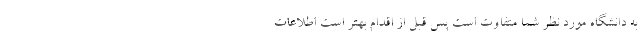
به دانشگاه مورد نظر شما متفاوت است پس قبل از اقدام بهتر است اطلاعات